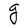
Character: e